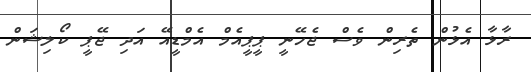
ރާޅާ އެޅުން ތެރިން ވެސް ޖެހޭނީ ޕީޕީއެމް އެމްޑީއޭ އަދި ޖޭޕީ ކޯލިޝަން